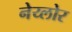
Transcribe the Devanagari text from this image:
नेय्लोर